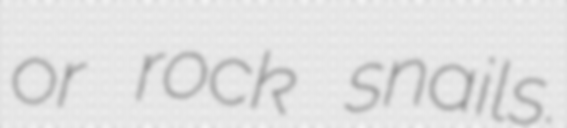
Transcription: or rock snails.